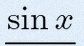
\sin x